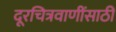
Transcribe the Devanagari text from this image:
दूरचित्रवाणींसाठी